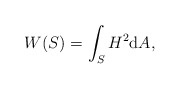
\begin{align*}W(S) = \int_S H^2 \mathrm{d}A,\end{align*}